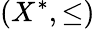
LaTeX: (X^{*},\leq)